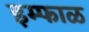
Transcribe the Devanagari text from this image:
इम्फाळ